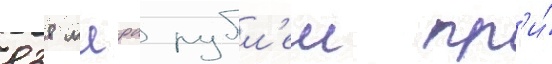
838 млрд рубл'еи пр'и́